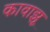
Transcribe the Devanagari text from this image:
कावाझू